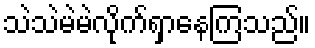
သဲသဲမဲမဲလိုက်ရှာနေကြသည်။